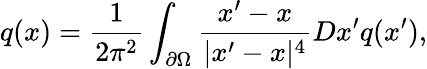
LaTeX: q(x)={\frac{1}{2\pi^{2}}}\int_{\partial\Omega}{\frac{x^{\prime}-x}{|x^{\prime}-x|^{4}}}Dx^{\prime}q(x^{\prime}),